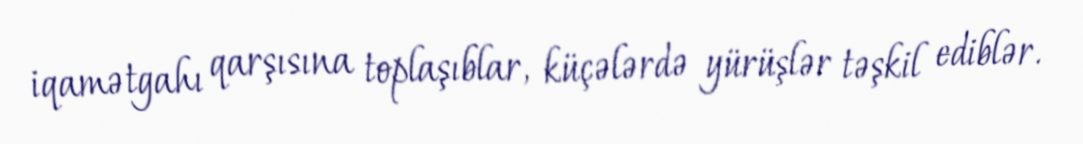
iqamətgahı qarşısına toplaşıblar, küçələrdə yürüşlər təşkil ediblər.